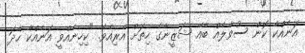
އަނެއްކާ ކޮން ސުވާލެއް ބާއޭ ޝަޒީނާގެ ހިތަށް އެރިއެވެ. "ކިހިނެއްވީ އަނެއްކާ ހާދަ